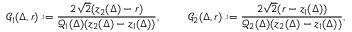
\mathcal { G } _ { 1 } ( \Delta , r ) : = \frac { 2 \sqrt 2 ( z _ { 2 } ( \Delta ) - r ) } { \mathcal { Q } _ { 1 } ( \Delta ) ( z _ { 2 } ( \Delta ) - z _ { 1 } ( \Delta ) ) } , \; \qquad \mathcal { G } _ { 2 } ( \Delta , r ) : = \frac { 2 \sqrt 2 ( r - z _ { 1 } ( \Delta ) ) } { \mathcal { Q } _ { 2 } ( \Delta ) ( z _ { 2 } ( \Delta ) - z _ { 1 } ( \Delta ) ) } ,